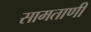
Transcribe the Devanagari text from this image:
सामताणी